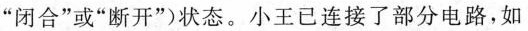
“闭合”或“断开”)状态。小王已连接了部分电路，如